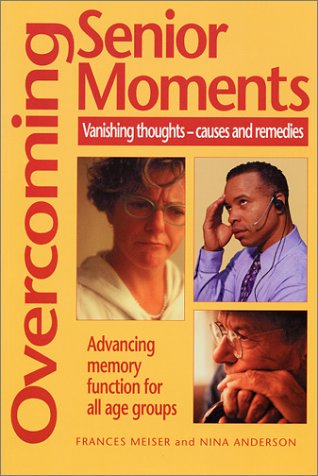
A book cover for Overcoming Senior Moments: Vanishing Thoughts--Causes and Remedies; Frances Meiser; Health, Fitness & Dieting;